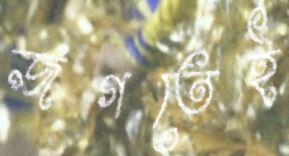
জগতেই